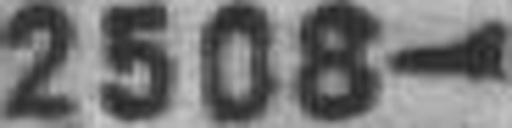
2508—